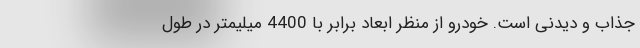
جذاب و دیدنی است. خودرو از منظر ابعاد برابر با 4400 میلیمتر در طول